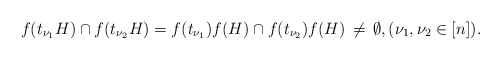
\begin{align*}f(t_{\nu_1} H) \cap f(t_{\nu_2} H) = f(t_{\nu_1}) f(H) \cap f(t_{\nu_2}) f(H) \,\neq\, \emptyset, (\nu_1, \nu_2 \in [n]).\end{align*}